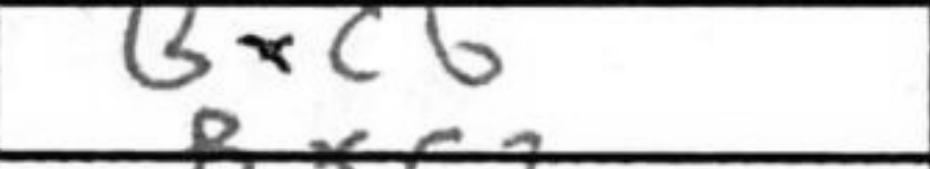
Transcription: Bxc6